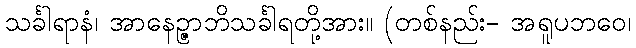
သင်္ခါရာနံ၊ အာနေဉ္ဇာဘိသင်္ခါရတို့အား။ (တစ်နည်း- အရူပဘဝေ၊